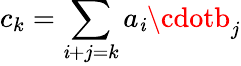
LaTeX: c_{k}=\sum_{\mathit{i}+j=k}a_{\mathit{i}}\cdotb_{j}